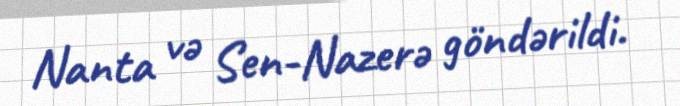
Nanta və Sen-Nazerə göndərildi.